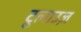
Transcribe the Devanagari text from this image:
टूलाउज़